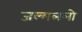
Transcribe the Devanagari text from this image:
जल्मललो